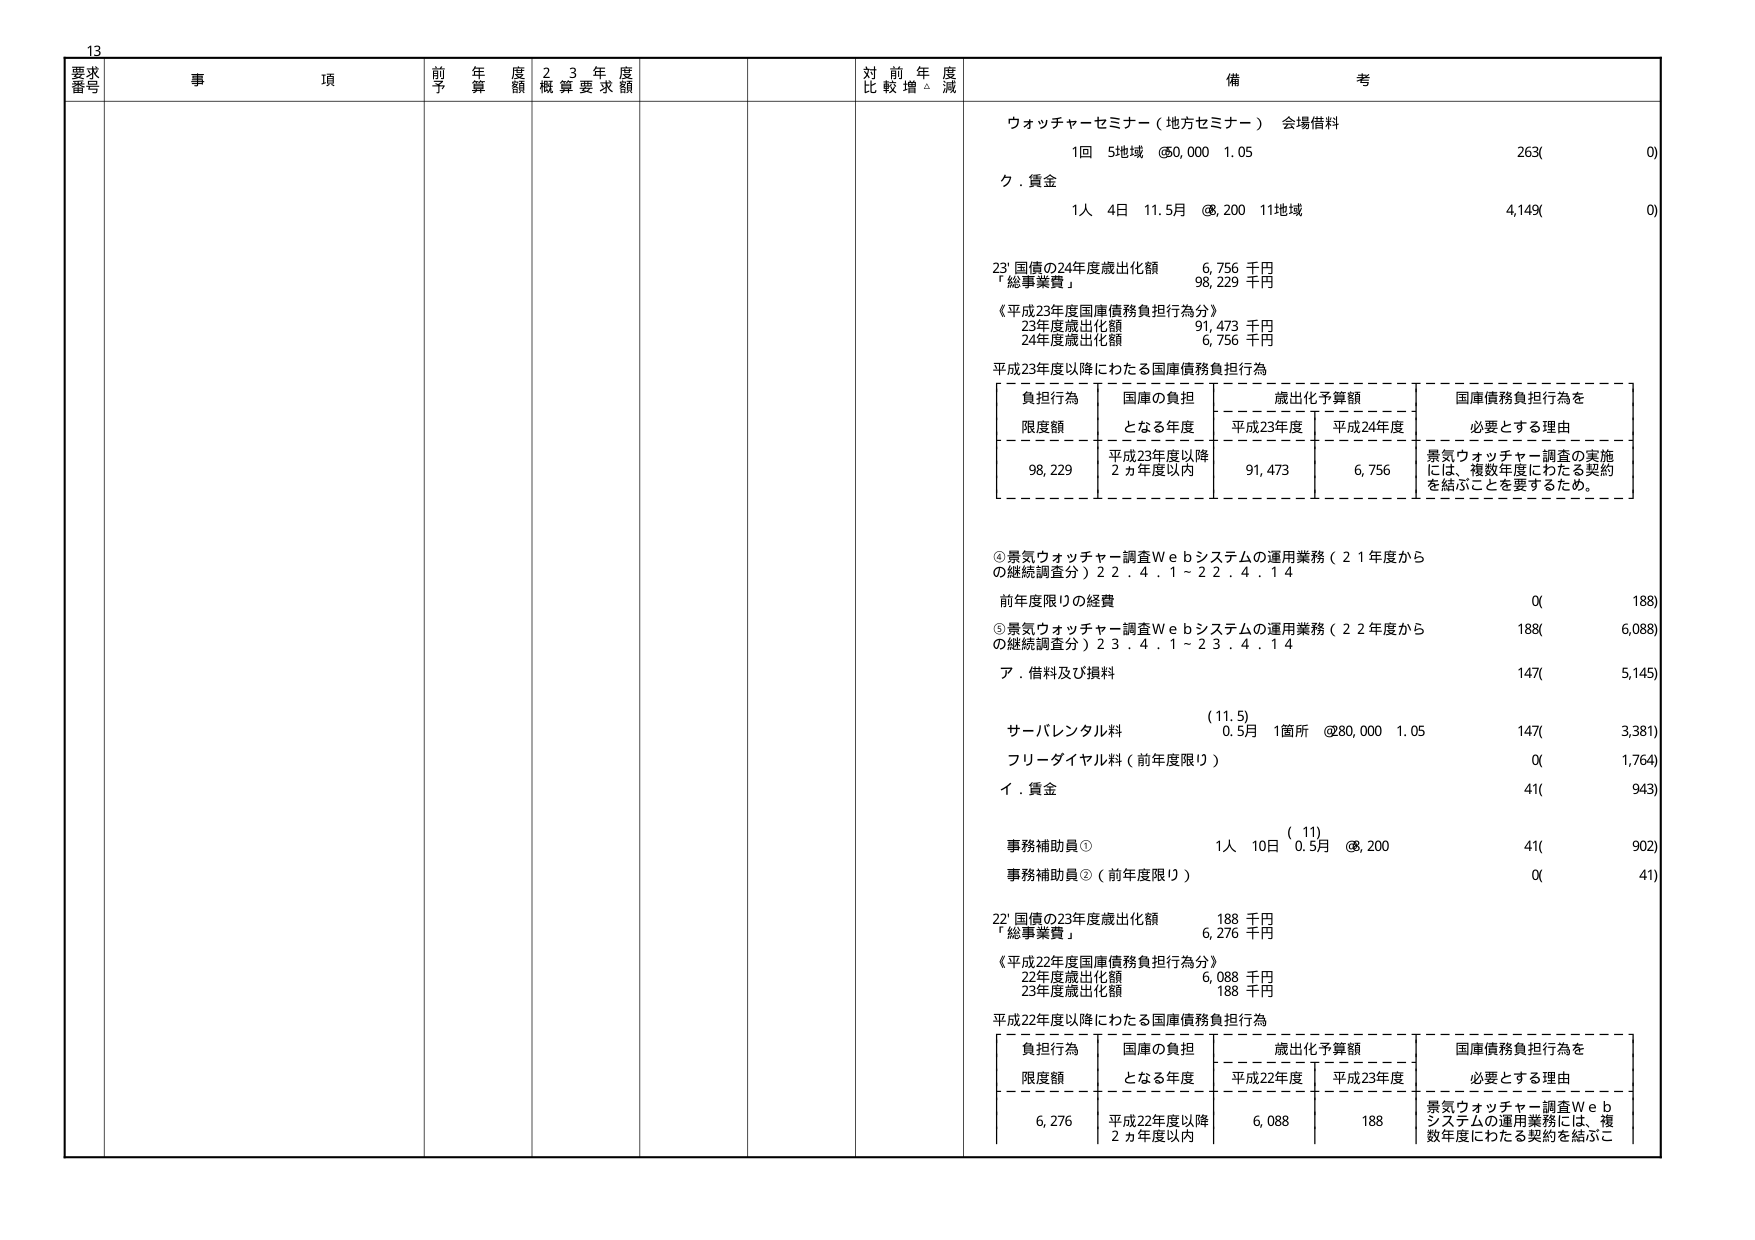
13
要求番号 事項 前年度予算額 23年度概算要求額 対前年度比較増減 備考
ウォッチャー セミナー（地方セミナー） 会場借料
1回 5地域 @50,000 1.05 263(0)
ク．賃金
1人 4日 11.5月 @8,200 11地域 4,149(0)
23' 国債の24年度歳出化額 6,756 千円
「総事業費」 98,229 千円
《平成23年度国庫債務負担行為分》
23年度歳出化額 91,473 千円
24年度歳出化額 6,756 千円
平成23年度以降にわたる国庫債務負担行為
負担行為 限度額 国庫の負担となる年度 歳出化予算額 国庫債務負担行為を必要とする理由
平成23年度 平成24年度
98,229 平成23年度以降2ヵ年度以内 91,473 6,756 景気ウォッチャー調査の実施には、複数年度にわたる契約を結ぶことを要するため。
③景気ウォッチャー調査Ｗｅｂシステムの運用業務（21年度からの継続調査分）22.4.1～22.4.14
前年度限りの経費 0(188)
⑤景気ウォッチャー調査Ｗｅｂシステムの運用業務（22年度からの継続調査分）23.4.1～23.4.14 188(6,088)
ア．借料及び損料 147(5,145)
(11.5)
サーバレンタル料 0.5月 1箇所 @80,000 1.05 147(3,381)
フリーダイヤル料（前年度限り） 0(1,764)
イ．賃金 41(943)
(11)
事務補助員① 1人 10日 0.5月 @8,200 41(902)
事務補助員②（前年度限り） 0(41)
22' 国債の23年度歳出化額 188 千円
「総事業費」 6,276 千円
《平成22年度国庫債務負担行為分》
22年度歳出化額 6,088 千円
23年度歳出化額 188 千円
平成22年度以降にわたる国庫債務負担行為
負担行為 限度額 国庫の負担となる年度 歳出化予算額 国庫債務負担行為を必要とする理由
平成22年度 平成23年度
6,276 平成22年度以降2ヵ年度以内 6,088 188 景気ウォッチャー調査Ｗｅｂシステムの運用業務には、複数年度にわたる契約を結ぶこ